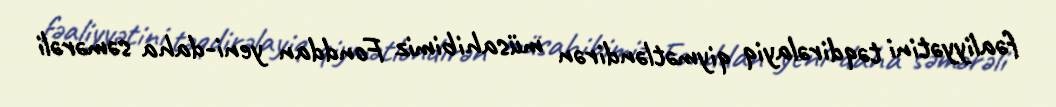
fəaliyyətini təqdirəlayiq qiymətləndirən müsahibimiz Fonddan yeni-daha səmərəli